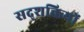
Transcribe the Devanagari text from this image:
सद्शक्तियों